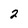
Character: 2